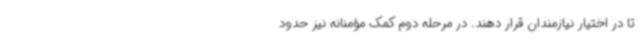
تا در اختیار نیازمندان قرار دهند. در مرحله دوم کمک مؤمنانه نیز حدود